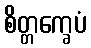
စိတ္တက္ခေပံ